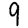
Digit: 9